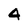
Character: 4